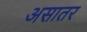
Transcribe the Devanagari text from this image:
असातर